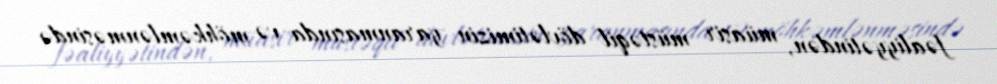
fəaliyyətindən, müasir müstəqil dövlətimizin yaranmasında və möhkəmlənməsində